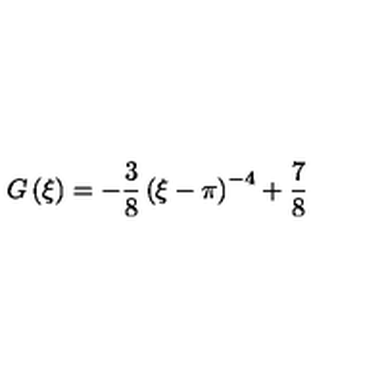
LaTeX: G \left( \xi \right) = - \frac { 3 } { 8 } \left( \xi - \pi \right) ^ { - 4 } + \frac { 7 } { 8 } \,